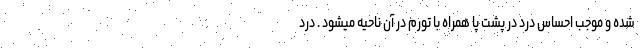
شده و موجب احساس درد در پشت پا همراه با تورم در آن ناحیه میشود . درد